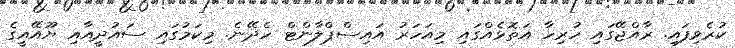
ކުރެވިފައި. ރާއްޖޭގައި ހުރިހާ އަތޮޅެއްގައި މިއަހަރު އައިސްޕްލާންޓް ހެދޭނެ. މިކަމުގައި ސައުދީއާއި ޔޫއޭއީގެ